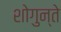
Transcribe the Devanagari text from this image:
शोगुन्ते